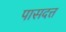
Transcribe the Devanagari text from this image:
पासदत्त